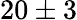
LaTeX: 20\pm 3